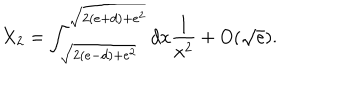
X _ { 2 } = \int _ { \sqrt { 2 ( e - d ) + e ^ { 2 } } } ^ { \sqrt { 2 ( e + d ) + e ^ { 2 } } } d x { \frac { 1 } { x ^ { 2 } } } + O ( \sqrt { e } ) .